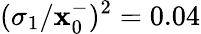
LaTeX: (\sigma_{1}/\mathbf{x}_{0}^{-})^{2}=0.04